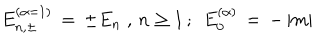
E _ { n , \pm } ^ { ( \alpha = 1 ) } \, = \, \pm E _ { n } \; , \, n \geq 1 \, ; \; \, E _ { 0 } ^ { ( \alpha ) } \, = \, - \, | m |